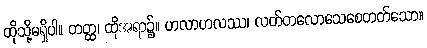
ထိုသို့မရှိပါ။ တတ္ထ၊ ထိုအရာ၌။ ဟလာဟလဿ၊ လတ်တလောသေစေတတ်သော။